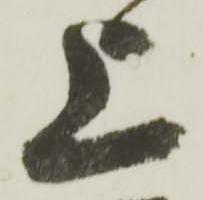
上